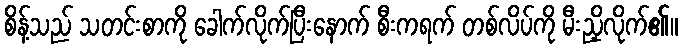
စိန့်သည် သတင်းစာကို ခေါက်လိုက်ပြီးနောက် စီးကရက် တစ်လိပ်ကို မီးညှိလိုက်၏။